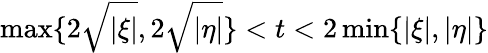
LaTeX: \operatorname*{max}\{ 2\sqrt{|\xi|},2\sqrt{|\eta|}\} <t<2\operatorname*{min}\{ |\xi|,|\eta|\}